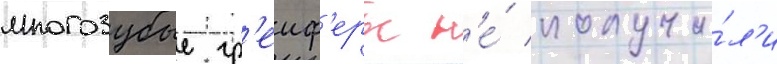
многозубые гр'еиф'еры н'е́ получи́л'и